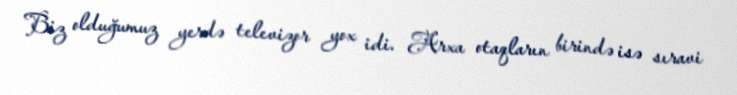
Biz olduğumuz yerdə televizor yox idi. Arxa otaqların birində isə sıravi